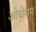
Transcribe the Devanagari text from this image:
ओपोसम